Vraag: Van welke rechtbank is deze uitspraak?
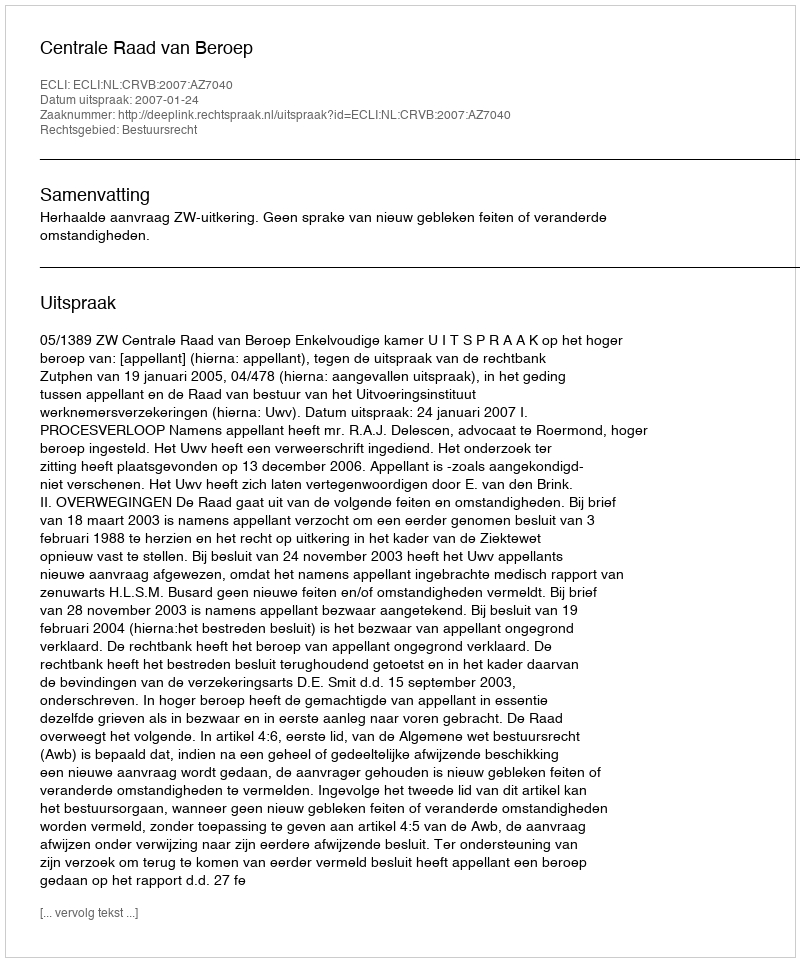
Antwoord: Centrale Raad van Beroep